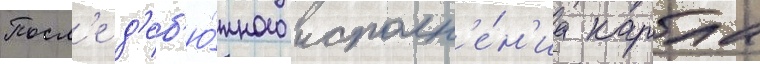
Посл'е д'еб'ю́тного исполн'е́н'иа карла